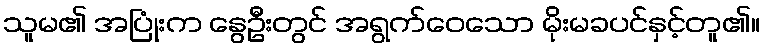
သူမ၏ အပြုံးက နွေဦးတွင် အရွက်ဝေသော မိုးမခပင်နှင့်တူ၏။